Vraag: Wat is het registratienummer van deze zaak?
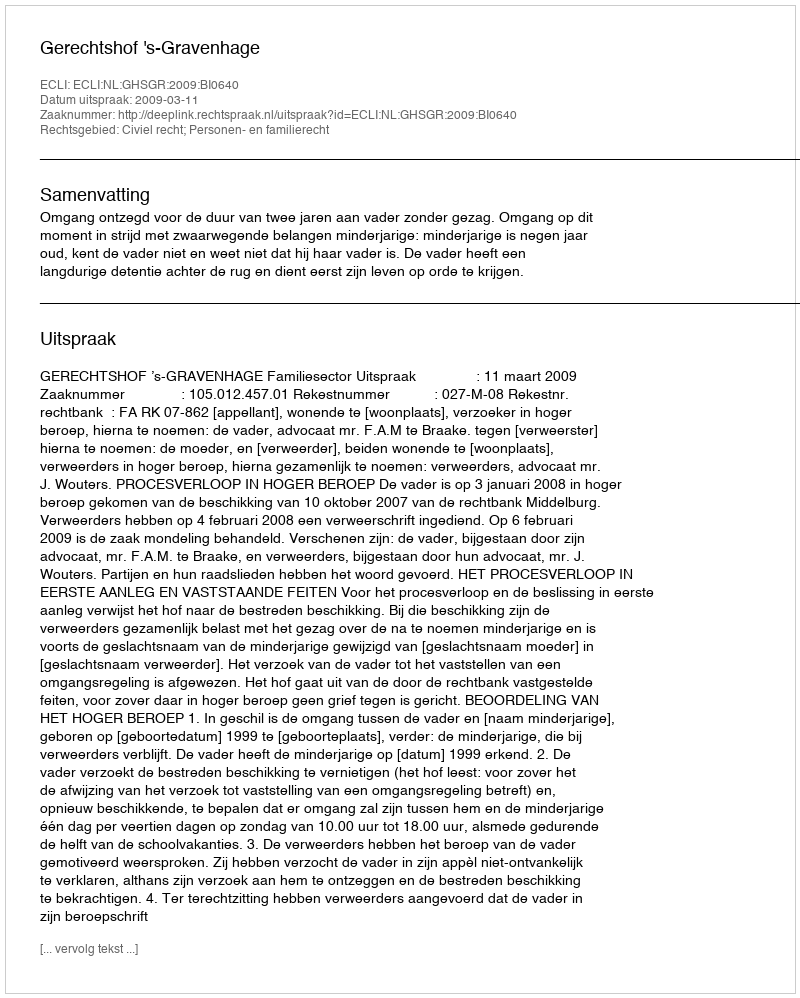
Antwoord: http://deeplink.rechtspraak.nl/uitspraak?id=ECLI:NL:GHSGR:2009:BI0640